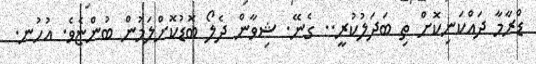
ޑްރާމާ ދައްކަނިކޮށް ތި ބަދަލުކުރީ.. ގެނޭ. ޝިވާން ދެލޯ ބޮޑުކޮށްލަމުން ބުންޏެވެ. އުހުނ.